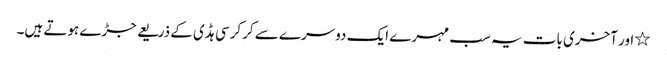
٭ اور آخری بات یہ سب مہرے ایک دوسرے سے کرکرسی ہڈی کے ذریعے جڑے ہوتے ہیں۔